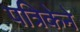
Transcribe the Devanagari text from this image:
पत्रिकेने